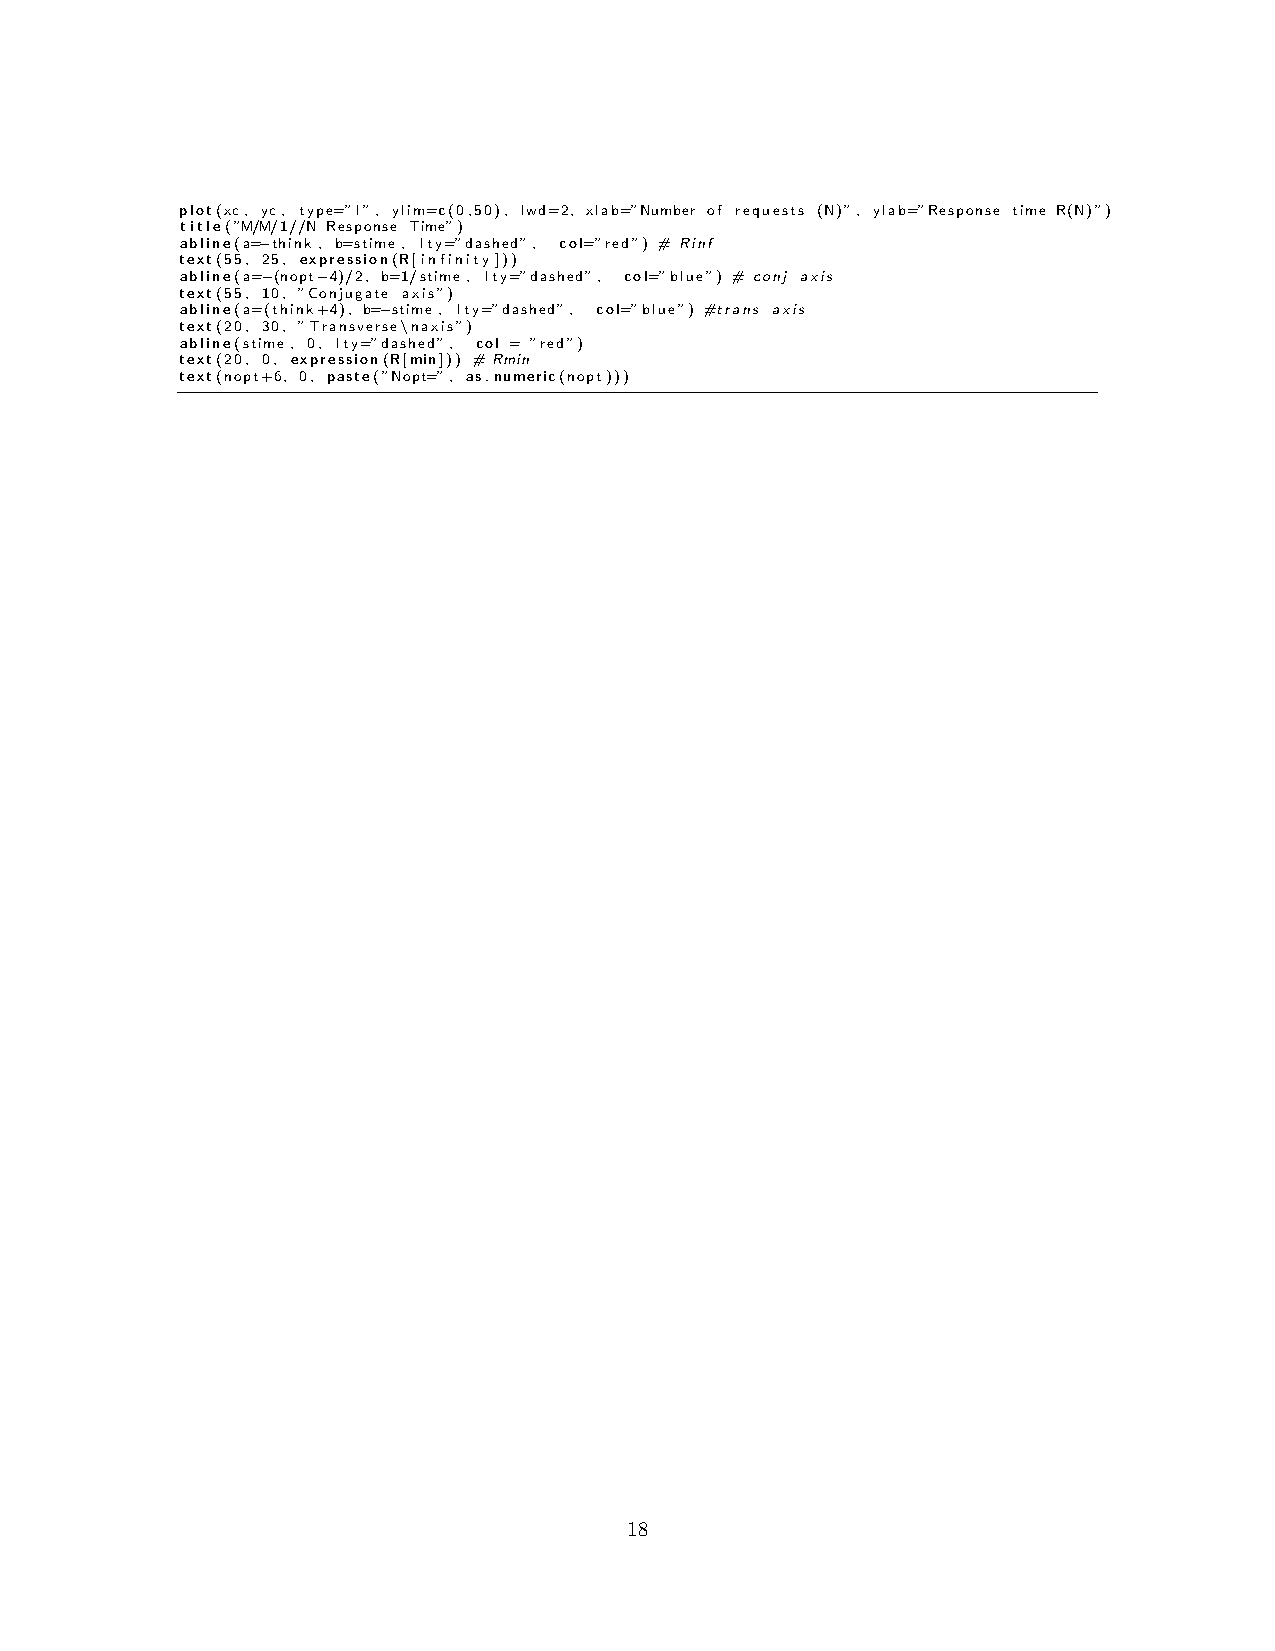
plot(xc, yc, type=”l”, ylim=c(0,50), lwd=2, xlab=”Number of requests (N)”, ylab=”Response time R(N)”)
 title(”M/M/1//N Response Time”)
 abline(a=−think , b=stime, lty=”dashed”, col=”red”) # Rinf
 text(55, 25, expression(R[infinity]))
 abline(a=−(nopt−4)/2, b=1/stime, lty=”dashed”, col=”blue”) # conj axis
 text(55, 10, ”Conjugate axis”)
 abline(a=(think+4), b=−stime, lty=”dashed”, col=”blue”) #trans axis
 text(20, 30, ”Transverse\naxis”)
 abline(stime, 0, lty=”dashed”, col = ”red”)
 text(20, 0, expression(R[min])) # Rmin
 text(nopt+6, 0, paste(”Nopt=”, as.numeric(nopt)))
 18